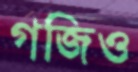
গজিও